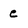
Character: e